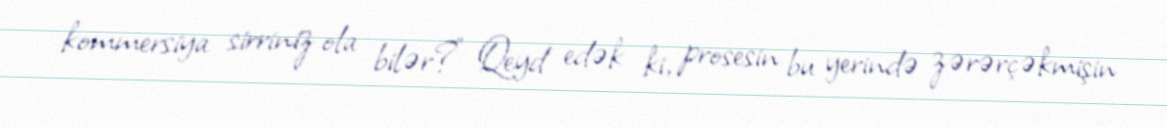
kommersiya sirriniz ola bilər?” Qeyd edək ki, prosesin bu yerində zərərçəkmişin